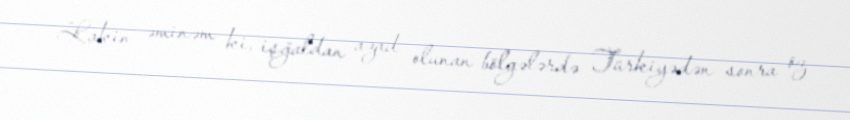
Lakin əminəm ki, işğaldan azad olunan bölgələrdə Türkiyədən sonra öz